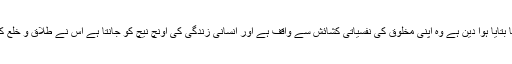
اسلام جو حقیقت پسند دین ہے اور انسان کے خالق کا بتایا ہوا دین ہے وہ اپنی مخلوق کی نفسیاتی کشائش سے واقف ہے اور انسانی زندگی کی اونچ نیچ کو جانتا ہے اس نے طلاق و خلع کو ایک خاص قانون کے اندر کنٹرول میں رکھا ہے۔